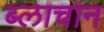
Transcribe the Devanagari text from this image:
ब्लाचान